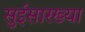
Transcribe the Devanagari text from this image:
सुईसारख्या